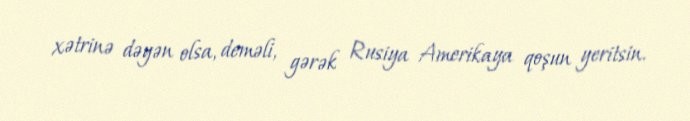
xətrinə dəyən olsa, deməli, gərək Rusiya Amerikaya qoşun yeritsin.